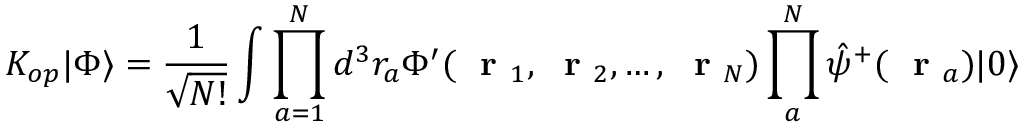
K _ { o p } | \Phi \rangle = \frac { 1 } { \sqrt { N ! } } \int \prod _ { a = 1 } ^ { N } d ^ { 3 } r _ { a } \Phi ^ { \prime } ( \mathrm { ~ \bf ~ r ~ } _ { 1 } , \mathrm { ~ \bf ~ r ~ } _ { 2 } , \dots , \mathrm { ~ \bf ~ r ~ } _ { N } ) \prod _ { a } ^ { N } \hat { \psi } ^ { + } ( \mathrm { ~ \bf ~ r ~ } _ { a } ) | 0 \rangle